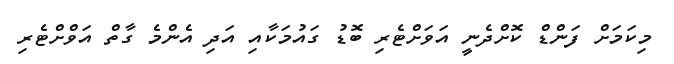
މިކަމަަށް ފަންޑް ކޮށްދެނީ އަވަށްޓެރި ބޮޑު ގައުމަކާއި އަދި އެންމެ ގާތް އަވްށްޓެރި